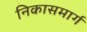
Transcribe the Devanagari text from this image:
निकासमार्ग